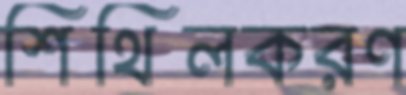
শিথিলকরণ